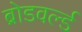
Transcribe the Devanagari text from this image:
ब्रोडवर्ल्ड